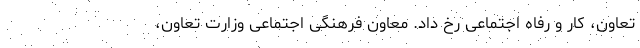
تعاون، کار و رفاه اجتماعی رخ داد. معاون فرهنگی اجتماعی وزارت تعاون،